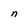
Character: n